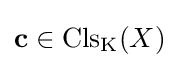
\mathbf {c} \in \mathrm {Cls} _{\text{K}}(X)